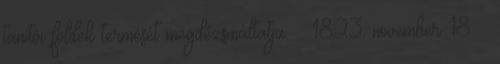
tanítói földek termését megdézsmáltatja. – 1823. november 18. –